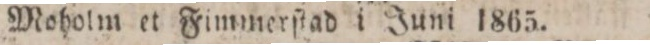
Moholm et Fimmerſtad i Juni 1865.